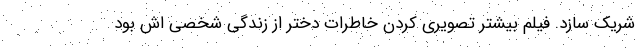
شریک سازد. فیلم بیشتر تصویری کردن خاطرات دختر از زندگی شخصی اش بود